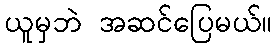
ယူမှဘဲ အဆင်ပြေမယ်။